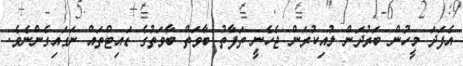
އެފަދަ މީހުން ބަރުދަން ލުއިކުރަން ޖެހެނީ ތަފާތު ބާވަތް ބާވަތުގެ ޑައިޓްތައް ނަގައިގެންނެވެ.